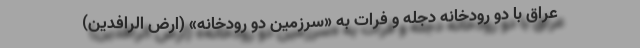
عراق با دو رودخانه دجله و فرات به «سرزمین دو رودخانه» (ارض الرافدین)